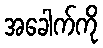
အခေါက်ကို